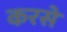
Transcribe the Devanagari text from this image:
करसे